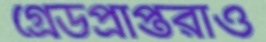
গ্রেডপ্রাপ্তরাও